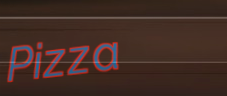
Pizza